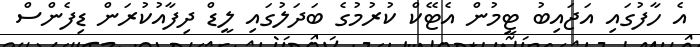
އެ ހާފުގައި އަޖައިބު ޓީމުން އެޓޭކް ކުރުމުގެ ބަދަލުގައި ލީޑް ދިފާއުކުރަން ޑިފެންސް